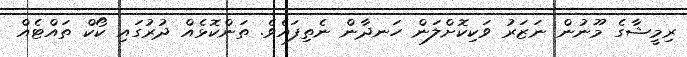
ރިމީޝާގެ މޫނުން ނަޒަރު ވަކިކޮށްލަން ހަނދާން ނެތިފައެވެ. ތަންކޮޅެއް ދުރުގައި ކޯކް ތައްޓެއް